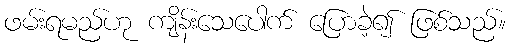
ဖမ်းရမည်ဟု ကျိန်းသေပေါက် ပြောခဲ့၍ ဖြစ်သည်။